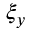
\xi _ { y }